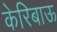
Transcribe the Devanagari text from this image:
केरिबाऊ